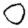
Digit: 0